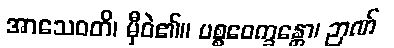
အာသေဝတိ၊ မှီဝဲ၏။ ပစ္စဝေက္ခန္တော၊ ဉာဏ်